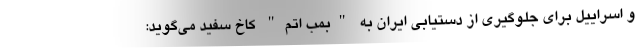
و اسراییل برای جلوگیری از دستیابی ایران به "بمب اتم" کاخ سفید می‌گوید: